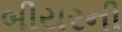
બીયરની